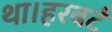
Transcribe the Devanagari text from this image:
था।हरबर्ट